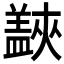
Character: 𱲜